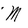
Character: M